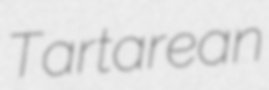
Tartarean